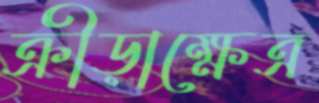
ক্রীড়াক্ষেত্র